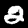
Label: 2